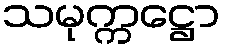
သမုက္ကဋ္ဌော